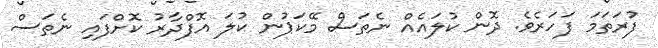
ފުރަތަމަ ފަހަރެވެ. ދޮން ކުލައެއް ނެތަސް މޭކަޕުން ކުލަ އޮފްދާރު ކޮށްފައި ނެތަސް